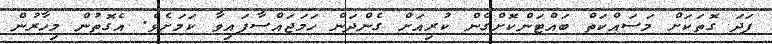
ފަދަ ގޮތަކަށް މަސައްކަތް ބައްޓަންކޮށްގެން ކުރިއަށް ގެންދަން ހަމަޖައްސާފައިވާ ކަމަށެވެ. އެގޮތުން މިހާރުން